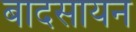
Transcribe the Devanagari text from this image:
बादसायन